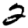
Digit: 2